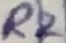
Text: R2